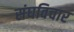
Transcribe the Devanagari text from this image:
संघविचार